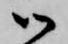
御